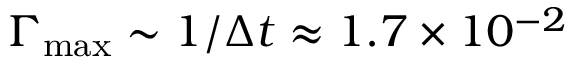
\Gamma _ { \mathrm { m a x } } \sim 1 / \Delta t \approx 1 . 7 \times 1 0 ^ { - 2 }